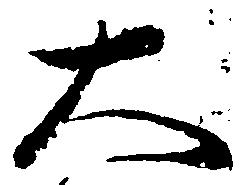
大